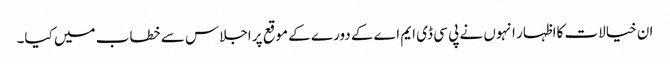
ان خیالات کااظہار انہوں نے پی سی ڈی ایم اے کے دورے کے موقع پر اجلاس سے خطاب میں کیا۔